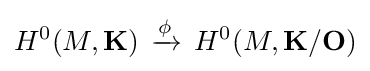
H^{0}(M,\mathbf {K} )\,\xrightarrow {\phi } \,H^{0}(M,\mathbf {K} /\mathbf {O} )